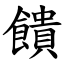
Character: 饋